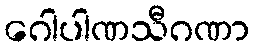
ဂေါပါဏသီဂဏာ